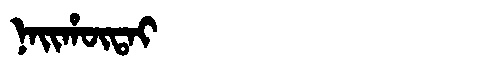
Manchu: ᠨᠠᡳᡥᡡᡨᠠᡳ
Romanization: NAIHŪTAI